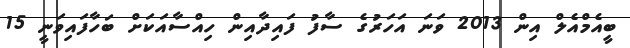
ބީއެމްއެލް އިން 2013 ވަނަ އަހަރުގެ ސާފު ފައިދާއިން ހިއްސާއަކަށް ބަހާފައިވަނީ 15